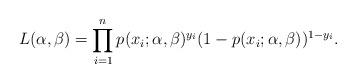
LaTeX: \begin{align*}L(\alpha,\beta) = \prod_{i=1}^n p(x_i;\alpha,\beta)^{y_i}(1-p(x_i;\alpha,\beta))^{1-y_i}.\end{align*}